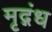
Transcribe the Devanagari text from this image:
मृद्गंध